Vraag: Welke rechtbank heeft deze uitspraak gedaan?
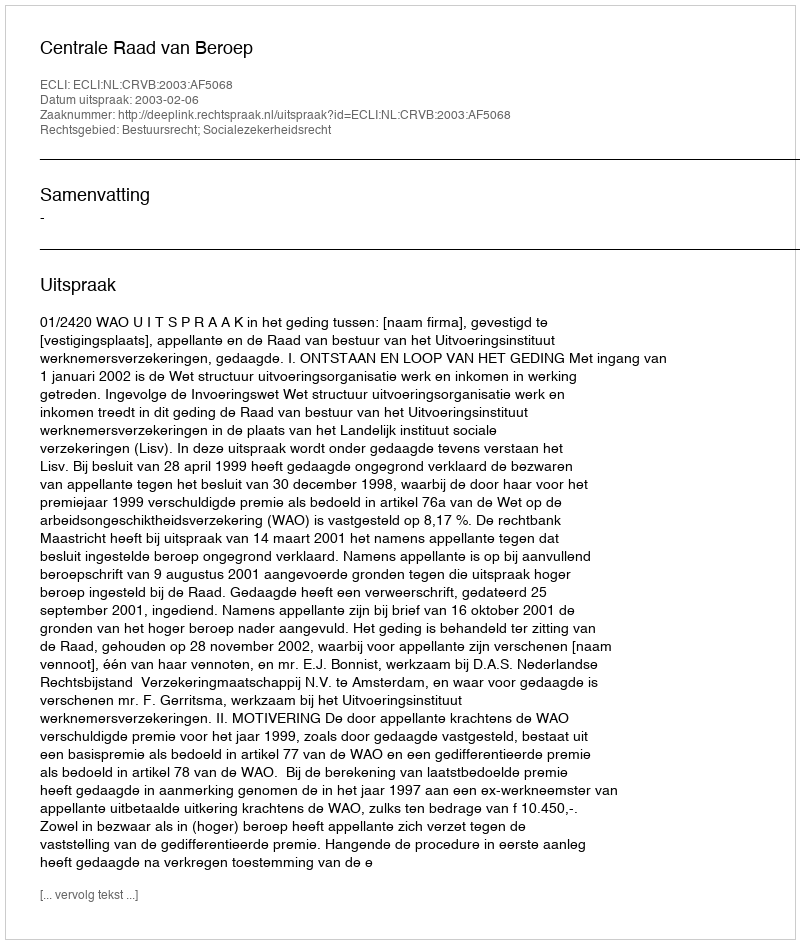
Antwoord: Centrale Raad van Beroep